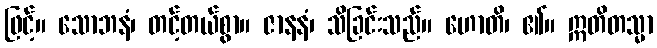
ဖြင့်။ သောဘနံ၊ တင့်တယ်စွာ။ ဇာနနံ၊ သိခြင်းသည်။ ဟောတိ၊ ၏။ ဣတိတသ္မာ